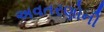
અવતરણોની